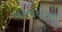
એકનાથીજના